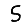
Digit: 5